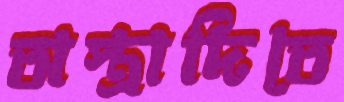
অস্ত্রাদিতে